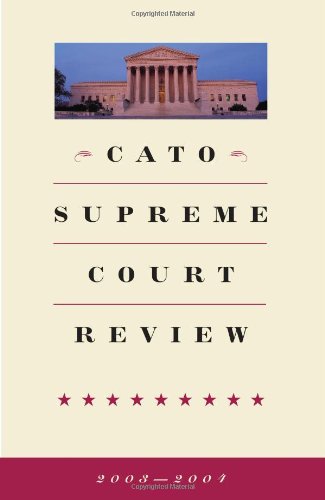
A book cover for Cato Supreme Court Review, 2003-2004; Mark K. Moller; Law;